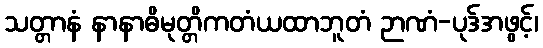
သတ္တာနံ နာနာဓိမုတ္တိကတံယထာဘူတံ ဉာဏံ-ပုဒ်အဖွင့်၊